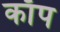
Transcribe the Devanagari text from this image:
काॅप